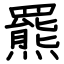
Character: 羆